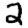
Digit: 2